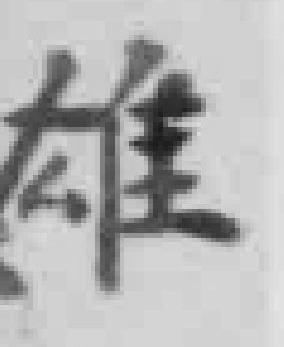
雄